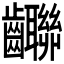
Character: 𪚄